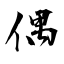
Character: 偶